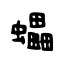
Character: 蠝